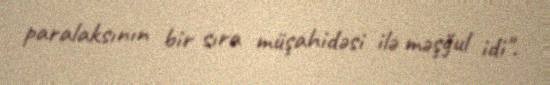
paralaksının bir sıra müşahidəsi ilə məşğul idi".